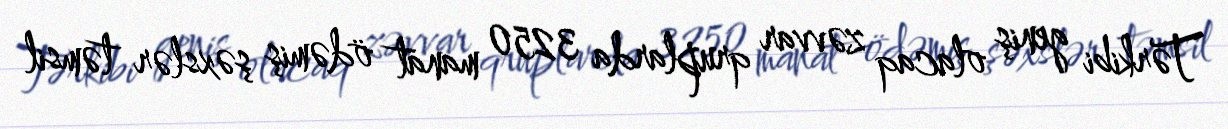
Tərkibi geniş olacaq zəvvar qruplarda 3250 manat ödəmiş şəxslər təmsil